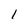
Character: l